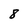
Character: 8